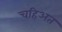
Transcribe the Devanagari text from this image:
चहिअत